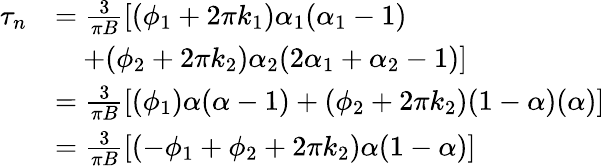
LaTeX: \begin{array}{rl}{\tau_{n}}&{=\frac{3}{\pi B}[(\phi_{1}+2\pi k_{1})\alpha_{1}(\alpha_{1}-1)}\\ &{\quad+(\phi_{2}+2\pi k_{2})\alpha_{2}(2\alpha_{1}+\alpha_{2}-1)]}\\ &{=\frac{3}{\pi B}[(\phi_{1})\alpha(\alpha-1)+(\phi_{2}+2\pi k_{2})(1-\alpha)(\alpha)]}\\ &{=\frac{3}{\pi B}[(-\phi_{1}+\phi_{2}+2\pi k_{2})\alpha(1-\alpha)]}\end{array}